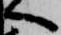
へ